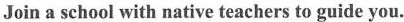
Join a school with native teachers to guide you.